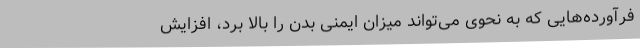
فرآورده‌هایی که به نحوی می‌تواند میزان ایمنی بدن را بالا برد، افزایش